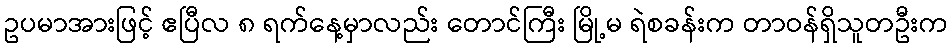
ဥပမာအားဖြင့် ဧပြီလ ၈ ရက်နေ့မှာလည်း တောင်ကြီး မြို့မ ရဲစခန်းက တာဝန်ရှိသူတဦးက